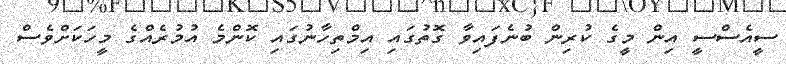
ސީއެސްސީ އިން މީގެ ކުރިން ބުނެފައިވާ ގޮތުގައި އިމްތިހާނުގައި ކޮންމެ އުމުރެއްގެ މީހަކަށްވެސް